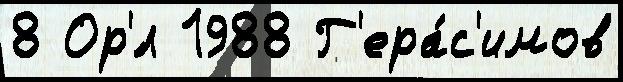
8 Ор'́л 1988 Г'ера́с'имов